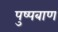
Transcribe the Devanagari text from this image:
पुष्पबाण